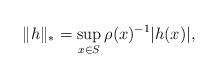
LaTeX: \begin{align*} \| h\|_* = \sup_{x \in S } \rho (x)^{-1} |h(x)|,\end{align*}